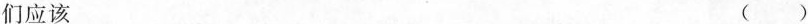
们应该 ()